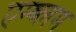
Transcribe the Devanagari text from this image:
एम्ब्लम